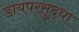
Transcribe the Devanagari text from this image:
डायपरसुद्धा